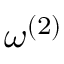
\boldsymbol { \omega } ^ { ( 2 ) }